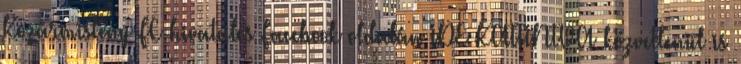
Kozármisleny FC hivatalos Facebook oldalán IDE KATTINTVA közvetlenül is